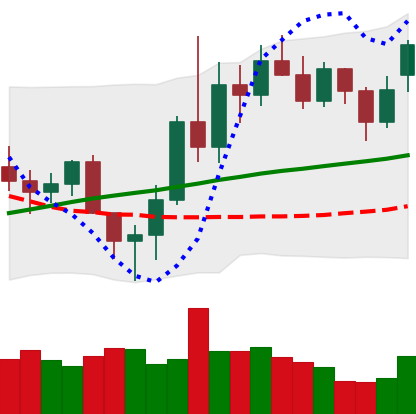
Ticker: LINK-USD
Chart end date: 2020-11-17
Forward return: 9.061%
Label: up_7plus